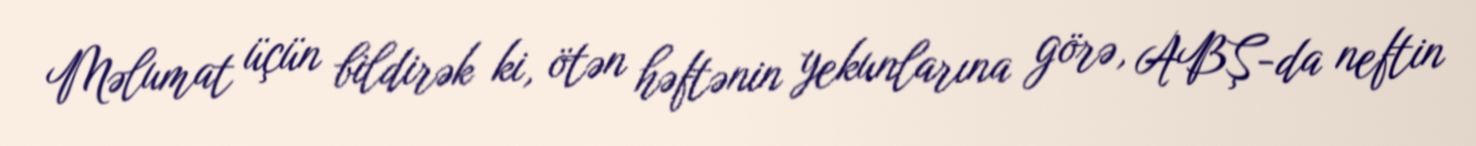
Məlumat üçün bildirək ki, ötən həftənin yekunlarına görə, ABŞ-da neftin